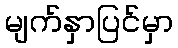
မျက်နှာပြင်မှာ